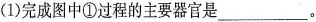
(1)完成图中①过程的主要器官是___。